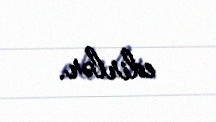
edirlər.